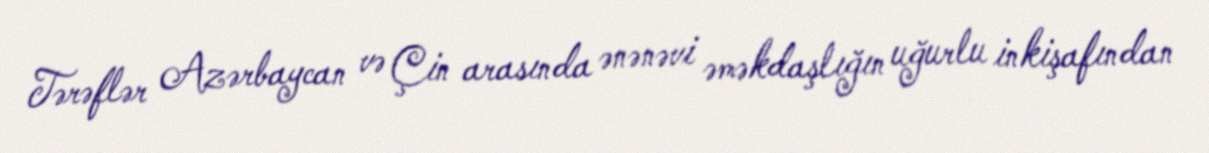
Tərəflər Azərbaycan və Çin arasında ənənəvi əməkdaşlığın uğurlu inkişafından